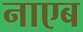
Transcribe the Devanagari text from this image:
नाएब